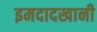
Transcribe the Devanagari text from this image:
इमदादखानी